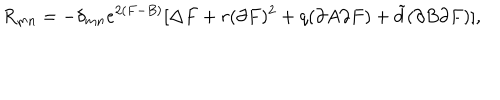
R _ { m n } = - \delta _ { m n } e ^ { 2 ( F - B ) } [ \Delta F + r ( \partial F ) ^ { 2 } + q ( \partial A \partial F ) + { \tilde { d } } ( \partial B \partial F ) ] ,